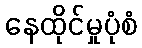
နေထိုင်မှုပုံစံ